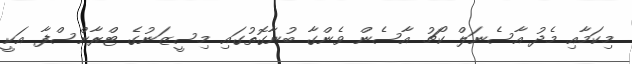
މިކަމާއި މެދު އާސެނަލް ކޯޗު އާސެން ވެންގާ ބުނާގޮތުގައި މިސީޒަނުގެ ޓްރާންސްފާ އަކީ